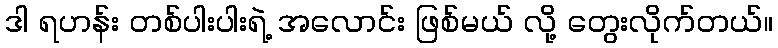
ဒါ ရဟန်း တစ်ပါးပါးရဲ့ အလောင်း ဖြစ်မယ် လို့ တွေးလိုက်တယ်။